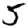
Digit: 5